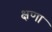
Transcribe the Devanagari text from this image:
क्षणा